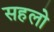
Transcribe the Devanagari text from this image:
सहलो